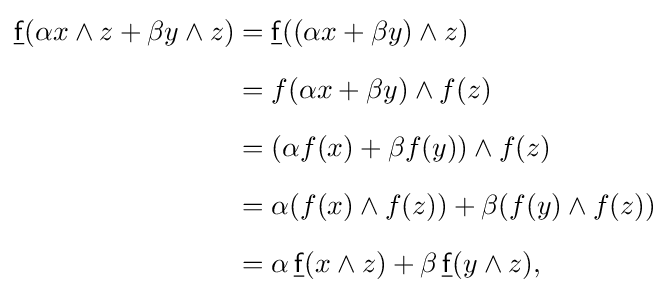
{\begin{aligned}{\underline {\mathsf {f}}}(\alpha x\wedge z+\beta y\wedge z)&={\underline {\mathsf {f}}}((\alpha x+\beta y)\wedge z)\\[6pt]&=f(\alpha x+\beta y)\wedge f(z)\\[6pt]&=(\alpha f(x)+\beta f(y))\wedge f(z)\\[6pt]&=\alpha (f(x)\wedge f(z))+\beta (f(y)\wedge f(z))\\[6pt]&=\alpha \,{\underline {\mathsf {f}}}(x\wedge z)+\beta \,{\underline {\mathsf {f}}}(y\wedge z),\end{aligned}}